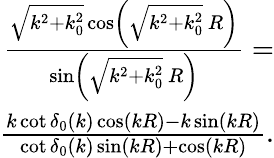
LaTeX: \begin{array}{r}{\frac{\sqrt{k^{2}+k_{0}^{2}}\cos\left(\sqrt{k^{2}+k_{0}^{2}}\ R\right)}{\sin\left(\sqrt{k^{2}+k_{0}^{2}}\ R\right)}=}\\ {\frac{k\cot\delta_{0}(k)\cos(kR)-k\sin(kR)}{\cot\delta_{0}(k)\sin(kR)+\cos(kR)}.}\end{array}